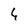
Character: 6